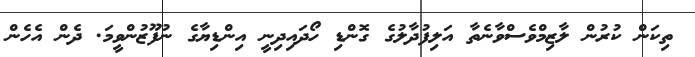
ތިކަން ކުރުން ލާޒިމްވެސްވާނެތާ އަލިފުދާލުގެ ގޮންޑި ހޯދައިދިނީ އިންޑިޔާގެ ނުފޫޒުންވީމަ. ދެން އެހެން